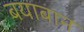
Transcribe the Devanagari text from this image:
बयाबान